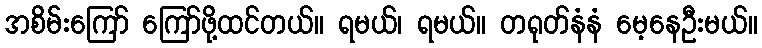
အစိမ်းကြော် ကြော်ဖို့ထင်တယ်။ ရမယ်၊ ရမယ်။ တရုတ်နံနံ မေ့နေဦးမယ်။